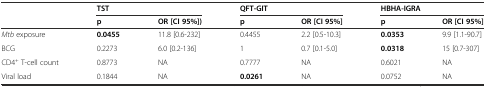
<table><thead><tr><td></td><td colspan="2"><b>TST</b></td><td colspan="2"><b>QFT-GIT</b></td><td colspan="2"><b>HBHA-IGRA</b></td></tr><tr><td></td><td><b>p</b></td><td><b>OR [CI 95%])</b></td><td><b>p</b></td><td><b>OR [CI 95%]</b></td><td><b>p</b></td><td><b>OR [CI 95%]</b></td></tr></thead><tbody><tr><td><i>Mtb</i> exposure</td><td><b>0.0455</b></td><td>11.8 [0.6-232]</td><td>0.4455</td><td>2.2 [0.5-10.3]</td><td><b>0.0353</b></td><td>9.9 [1.1-90.7]</td></tr><tr><td>BCG</td><td>0.2273</td><td>6.0 [0.2-136]</td><td>1</td><td>0.7 [0.1-5.0]</td><td><b>0.0318</b></td><td>15 [0.7-307]</td></tr><tr><td>CD4<sup>+</sup> T-cell count</td><td>0.8773</td><td>NA</td><td>0.7777</td><td>NA</td><td>0.6021</td><td>NA</td></tr><tr><td>Viral load</td><td>0.1844</td><td>NA</td><td><b>0.0261</b></td><td>NA</td><td>0.0752</td><td>NA</td></tr></tbody></table>